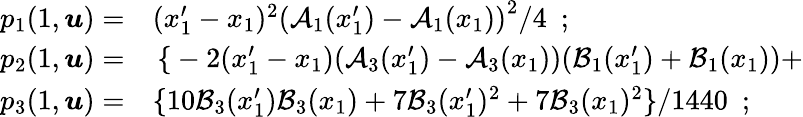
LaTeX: \begin{array}{rl}{p_{1}(1,\boldsymbol{u})=}&{{}(x_{1}^{\prime}-x_{1})^{2}\left(\mathcal{A}_{1}(x_{1}^{\prime})-\mathcal{A}_{1}(x_{1})\right)^{2}/4\ \ ;}\\ {p_{2}(1,\boldsymbol{u})=}&{{}\left\{ \right.-2(x_{1}^{\prime}-x_{1})(\mathcal{A}_{3}(x_{1}^{\prime})-\mathcal{A}_{3}(x_{1}))(\mathcal{B}_{1}(x_{1}^{\prime})+\mathcal{B}_{1}(x_{1}))+}\\ {p_{3}(1,\boldsymbol{u})=}&{{}\{ 10\mathcal{B}_{3}(x_{1}^{\prime})\mathcal{B}_{3}(x_{1})+7\mathcal{B}_{3}(x_{1}^{\prime}){}^{2}+7\mathcal{B}_{3}(x_{1}){}^{2}\} /1440\ \ ;}\end{array}